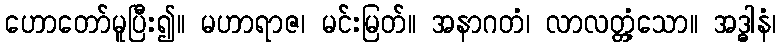
ဟောတော်မူပြီး၍။ မဟာရာဇ၊ မင်းမြတ်။ အနာဂတံ၊ လာလတ္တံ့သော။ အဒ္ဓါနံ၊